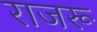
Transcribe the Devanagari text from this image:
राजरू